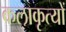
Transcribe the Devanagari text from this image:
कलाकृत्यों